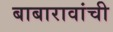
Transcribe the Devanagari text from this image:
बाबारावांची